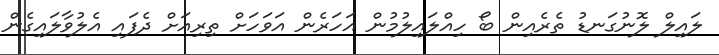
ލައިލް ލޮނުގަނޑު ތެރެއިން ބޯ ހިއްލައިލުމުން އަހަރެން އަވަހަށް ތިރިއަށް ދެފައި އެލުވާލައިގެން